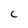
Character: c